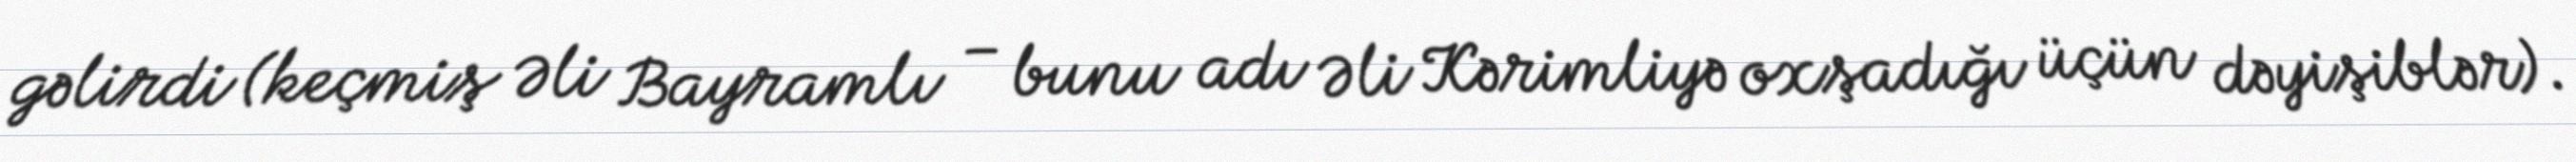
gəlirdi (keçmiş Əli Bayramlı – bunu adı Əli Kərimliyə oxşadığı üçün dəyişiblər).